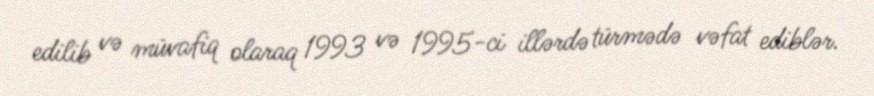
edilib və müvafiq olaraq 1993 və 1995-ci illərdə türmədə vəfat ediblər.